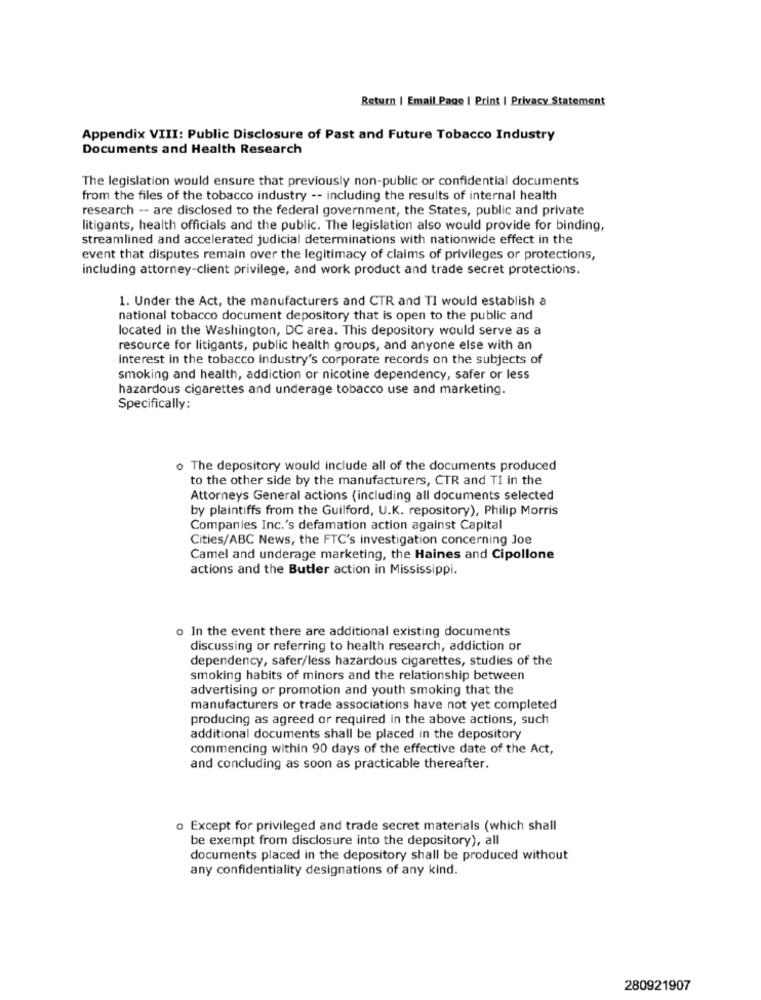
Return | Email Page | Print | Privacy Statement
Appendix VIII: Public Disclosure of Past and Future Tobacco Industry
Documents and Health Research
The legislation would ensure that previously non-public or confidential documents
from the files of the tobacco industry -- including the results of internal health
research -- are disclosed to the federal government, the States, public and private
litigants, health officials and the public. The legislation also would provide for binding,
streamlined and accelerated judicial determinations with nationwide effect in the
event that disputes remain over the legitimacy of claims of privileges or protections,
including attorney-client privilege, and work product and trade secret protections.
1. Under the Act, the manufacturers and CTR and TI would establish a
national tobacco document depository that is open to the public and
located in the Washington, DC area. This depository would serve as a
resource for litigants, public health groups, and anyone else with an
interest in the tobacco industry's corporate records on the subjects of
smoking and health, addiction or nicotine dependency, safer or less
hazardous cigarettes and underage tobacco use and marketing.
Specifically:
o The depository would include all of the documents produced
to the other side by the manufacturers, CTR and TI in the
Attorneys General actions (including all documents selected
by plaintiffs from the Guilford, U.K. repository), Philip Morris
Companies Inc.'s defamation action against Capital
Cities/ABC News, the FTC's investigation concerning Joe
Camel and underage marketing, the Haines and Cipollone
actions and the Butler action in Mississippi.
o In the event there are additional existing documents
discussing or referring to health research, addiction or
dependency, safer/less hazardous cigarettes, studies of the
smoking habits of minors and the relationship between
advertising or promotion and youth smoking that the
manufacturers or trade associations have not yet completed
producing as agreed or required in the above actions, such
additional documents shall be placed in the depository
commencing within 90 days of the effective date of the Act,
and concluding as soon as practicable thereafter.
o Except for privileged and trade secret materials (which shall
be exempt from disclosure into the depository), all
documents placed in the depository shall be produced without
any confidentiality designations of any kind.
280921907